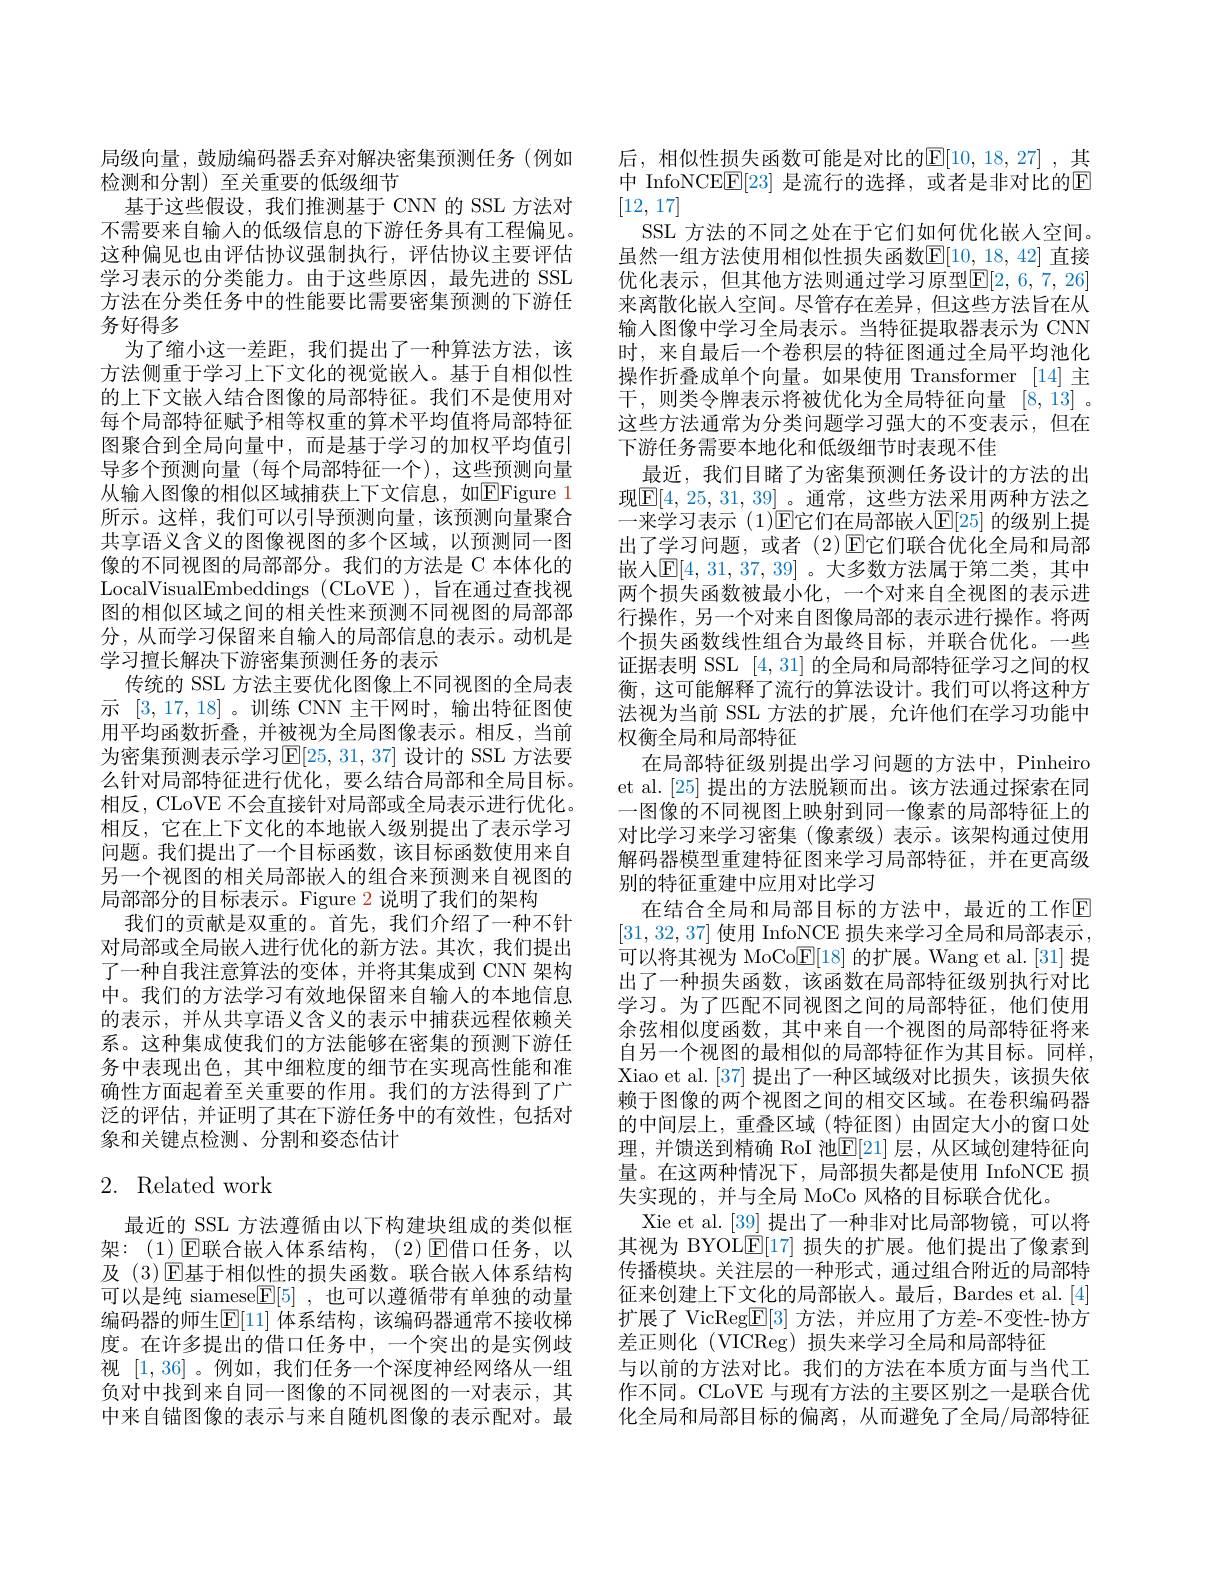
局级向量，鼓励编码器丢弃对解决密集预测任务(例如
检测和分割)至关重要的低级细节
基于这些假设，我们推测基于 CNN 的 SSL 方法对不需要来自输入的低级信息的下游任务具有工程偏见。这种偏见也由评估协议强制执行，评估协议主要评估学习表示的分类能力。由于这些原因，最先进的 SSL 方法在分类任务中的性能要比需要密集预测的下游任务好得多
为了缩小这一差距，我们提出了一种算法方法，该方法侧重于学习上下文化的视觉嵌入。基于自相似性的上下文嵌入结合图像的局部特征。我们不是使用对每个局部特征赋予相等权重的算术平均值将局部特征图聚合到全局向量中，而是基于学习的加权平均值引导多个预测向量(每个局部特征一个),这些预测向量从输入图像的相似区域捕获上下文信息，如EFigure 1所示。这样，我们可以引导预测向量，该预测向量聚合共享语义含义的图像视图的多个区域，以预测同一图像的不同视图的局部部分。我们的方法是 C 本体化的LocalVisualEmbeddings (CLoVE ), 旨在通过查找视图的相似区域之间的相关性来预测不同视图的局部部分，从而学习保留来自输入的局部信息的表示。动机是学习擅长解决下游密集预测任务的表示
传统的 SSL 方法主要优化图像上不同视图的全局表示[3,17,18]。训练 CNN 主干网时，输出特征图使用平均函数折叠，并被视为全局图像表示。相反，当前为密集预测表示学习$\mathbb{E}[25,31,37]$ 设计的 SSL 方法要么针对局部特征进行优化，要么结合局部和全局目标。相反，CLoVE 不会直接针对局部或全局表示进行优化。相反，它在上下文化的本地嵌入级别提出了表示学习问题。我们提出了一个目标函数，该目标函数使用来自另一个视图的相关局部嵌人的组合来预测来自视图的局部部分的目标表示。Figure 2 说明了我们的架构
我们的贡献是双重的。首先，我们介绍了一种不针对局部或全局嵌入进行优化的新方法。其次，我们提出了一种自我注意算法的变体，并将其集成到 CNN 架构中。我们的方法学习有效地保留来自输入的本地信息的表示，并从共享语义含义的表示中捕获远程依赖关系。这种集成使我们的方法能够在密集的预测下游任务中表现出色，其中细粒度的细节在实现高性能和准确性方面起着至关重要的作用。我们的方法得到了广泛的评估，并证明了其在下游任务中的有效性，包括对象和关键点检测、分割和姿态估计

## 2. Related work

最近的 SSL 方法遵循由以下构建块组成的类似框架：(1)▣联合嵌入体系结构，(2)▣借口任务，以及 (3) E基于相似性的损失函数。联合嵌人体系结构可以是纯 siamese$\boxed{\mathrm{F}}[5]$ ,也可以遵循带有单独的动量编码器的师生$\operatorname{E}[11]$ 体系结构，该编码器通常不接收梯度。在许多提出的借口任务中，一个突出的是实例歧视[1,36] 。例如，我们任务一个深度神经网络从一组负对中找到来自同一图像的不同视图的一对表示，其中来自锚图像的表示与来自随机图像的表示配对。最

后，相似性损失函数可能是对比的$\mathbb{E}[10,18,27]$,其中 InfoNCE$\boxed{\mathrm{F}}[23]$ 是流行的选择，或者是非对比的$\boxed{\mathrm{F}}$ [12,17]
SSL 方法的不同之处在于它们如何优化嵌入空间。虽然一组方法使用相似性损失函数$\mathbb{E}[10,18,42]$ 直接优化表示，但其他方法则通过学习原型$\mathbb{E}[2,6,7,26]$ 来离散化嵌入空间。尽管存在差异，但这些方法旨在从输人图像中学习全局表示。当特征提取器表示为 CNN 时，来自最后一个卷积层的特征图通过全局平均池化操作折叠成单个向量。如果使用 Transformer [14]主干，则类令牌表示将被优化为全局特征向量[8,13] 。这些方法通常为分类问题学习强大的不变表示，但在下游任务需要本地化和低级细节时表现不佳
最近，我们目睹了为密集预测任务设计的方法的出现$\boxed{\mathrm{E}[4,25,31,39]}$。通常，这些方法采用两种方法之一来学习表示 (1)E它们在局部嵌人E[25] 的级别上提出了学习问题，或者(2)$\operatorname{E\text{它们联合优化全局和局部}}$ 嵌人$\mathbb{E}[4,31,37,39]$ 。大多数方法属于第二类，其中两个损失函数被最小化，一个对来自全视图的表示进行操作，另一个对来自图像局部的表示进行操作。将两个损失函数线性组合为最终目标，并联合优化。一些证据表明 SSL [4,31]的全局和局部特征学习之间的权衡，这可能解释了流行的算法设计。我们可以将这种方法视为当前 SSL 方法的扩展，允许他们在学习功能中权衡全局和局部特征
在局部特征级别提出学习问题的方法中，Pinheiro et al. [25] 提出的方法脱颖而出。该方法通过探索在同一图像的不同视图上映射到同一像素的局部特征上的对比学习来学习密集 (像素级)表示。该架构通过使用解码器模型重建特征图来学习局部特征，并在更高级别的特征重建中应用对比学习
在结合全局和局部目标的方法中，最近的工作回[31,32,37] 使用 InfoNCE 损失来学习全局和局部表示， 可以将其视为 MoCo$\underline{\mathrm{E}}[18]$的扩展。Wang et al.[31] 提出了一种损失函数，该函数在局部特征级别执行对比学习。为了匹配不同视图之间的局部特征，他们使用余弦相似度函数，其中来自一个视图的局部特征将来自另一个视图的最相似的局部特征作为其目标。同样， Xiao et al.[37] 提出了一种区域级对比损失，该损失依赖于图像的两个视图之间的相交区域。在卷积编码器的中间层上，重叠区域(特征图)由固定大小的窗口处理，并馈送到精确 RoI 池$\overline{\mathbb{E}}[21]$ 层，从区域创建特征向量。在这两种情况下，局部损失都是使用 InfoNCE 损失实现的，并与全局 MoCo 风格的目标联合优化。
Xie et al.[39] 提出了一种非对比局部物镜，可以将其视为 BYOLE[17]损失的扩展。他们提出了像素到传播模块。关注层的一种形式，通过组合附近的局部特征来创建上下文化的局部嵌人。最后，Bardes et al.[4] 扩展了 VicReg$\underline{\mathrm{E}}[3]$方法，并应用了方差-不变性-协方差正则化 (VICReg) 损失来学习全局和局部特征
与以前的方法对比。我们的方法在本质方面与当代工作不同。CLoVE 与现有方法的主要区别之一是联合优化全局和局部目标的偏离，从而避免了全局/局部特征